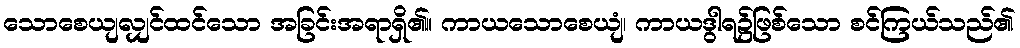
သောစေယျလျှင်ထင်သော အခြင်းအရာရှိ၏။ ကာယသောစေယျံ၊ ကာယဒွါရ၌ဖြစ်သော စင်ကြယ်သည်၏